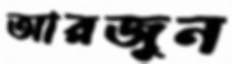
আরজুন